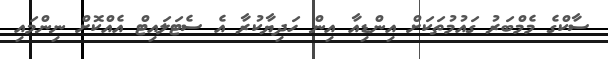
ސާކްގެ މެމްބަރު ގައުމުތަކަށް އިންޑިއާ އިން ހަދިޔާކުރާ އެ ސެޓަލައިޓް އެއްކޮށް ނިންމައި